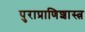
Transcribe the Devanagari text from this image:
पुराप्राणिशास्त्र